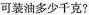
可装油多少千克?